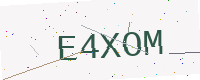
Text: E4XOM